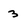
Character: 3